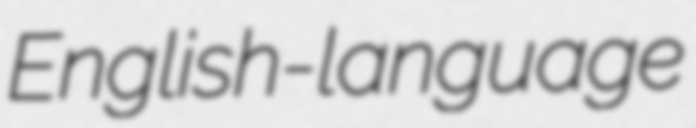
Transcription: English-language